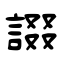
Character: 諁